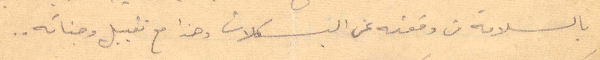
بالسلامة من وقعته عن البسكلات وهذا مع تقبيل وجناته..